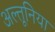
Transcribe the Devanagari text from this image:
अल्तूनिया